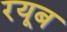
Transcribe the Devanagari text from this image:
रयूब